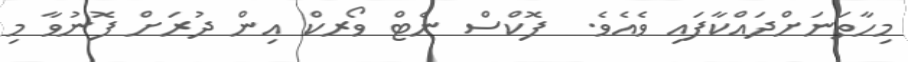
މިހާތަނަށްދައްކާފައި ވެއެވެ.  ފޮކްސް ނެޓް ވޯރކް އިން ދުރަށް ފޮނުވާ މި